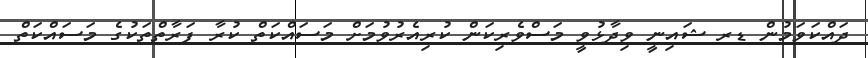
ދައްކަވަމުން ޑރ ޝައިނީ ވިދާޅުވީ މަސްވެރިކަން ކުރިއެރުވުމަށް މަސައްކަތް ކުރާ ފަރާތްތަކުގެ މަސައްކަތް